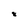
Character: 8